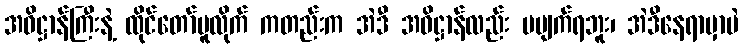
အဓိဋ္ဌာန်ကြီးနဲ့ ထိုင်တော်မူလိုက် ကတည်းက အဲဒီ အဓိဋ္ဌာန်လည်း မပျက်ရဘူး၊ အဲဒီနေရာမှာပဲ